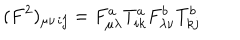
( F ^ { 2 } ) _ { \mu \nu } { } _ { i j } = F _ { \mu \lambda } ^ { a } T _ { i k } ^ { a } F _ { \lambda \nu } ^ { b } T _ { k j } ^ { b }